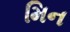
મિન